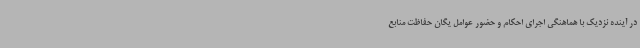
در آینده نزدیک با هماهنگی اجرای احکام و حضور عوامل یگان حفاظت منابع